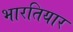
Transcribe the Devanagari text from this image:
भारतियार